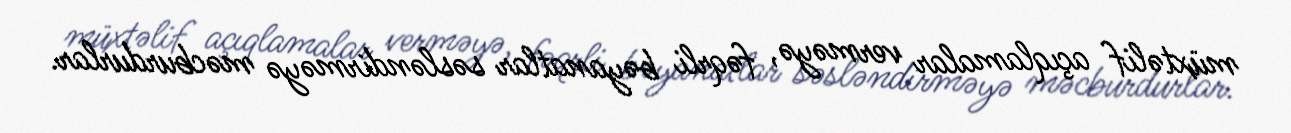
müxtəlif açıqlamalar verməyə, fəqrli bəyanatlar səsləndirməyə məcburdurlar.